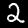
Label: 2